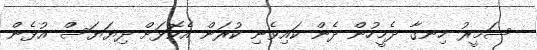
ސަމީރު ހިނގާ ދެމީހުން ދެން ކައިވެނި ކުރަން އެކޮޅަށް ދިޔަޔަސް އުޅެން